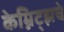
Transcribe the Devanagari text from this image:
केम्निट्झचे